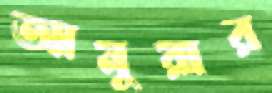
আমুয়ার